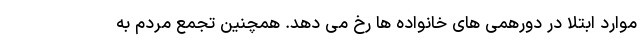
موارد ابتلا در دورهمی های خانواده ها رخ می دهد. همچنین تجمع مردم به